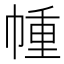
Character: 㡖